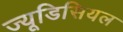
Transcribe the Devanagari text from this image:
ज्यूडिसियल